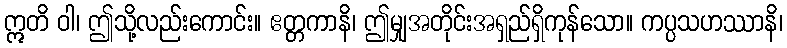
ဣတိ ဝါ၊ ဤသို့လည်းကောင်း။ ဧတ္တကာနိ၊ ဤမျှအတိုင်းအရှည်ရှိကုန်သော။ ကပ္ပသဟဿာနိ၊